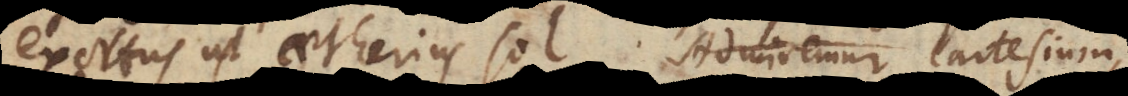
exortus ut aetherius sol. Legamus Cartesium,